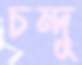
চন্দু